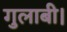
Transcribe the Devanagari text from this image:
गुलाबी।